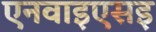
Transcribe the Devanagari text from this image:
एनवाइएसइ